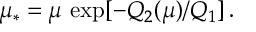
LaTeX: \mu _ { * } = \mu \, \exp [ - Q _ { 2 } ( \mu ) / Q _ { 1 } ] \, .